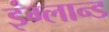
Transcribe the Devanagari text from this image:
इंग्लान्ड